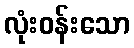
လုံးဝန်းသော